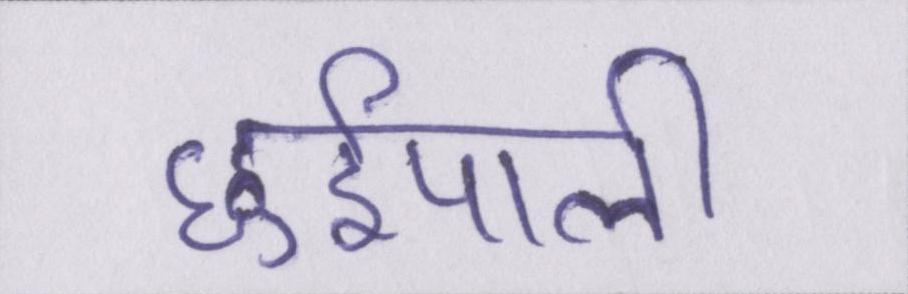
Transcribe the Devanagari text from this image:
छुईपाली